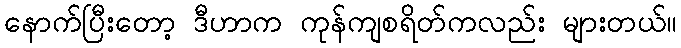
နောက်ပြီးတော့ ဒီဟာက ကုန်ကျစရိတ်ကလည်း များတယ်။